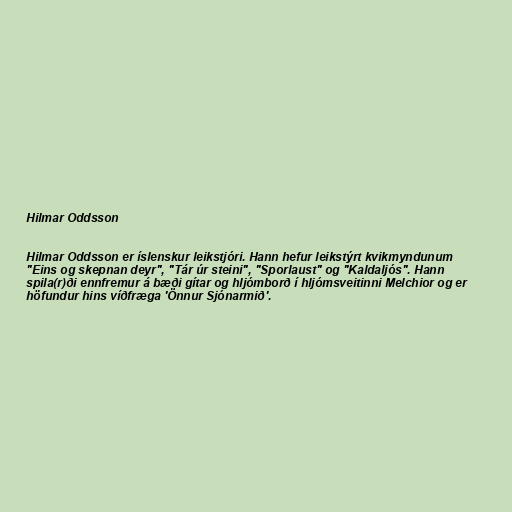
Hilmar Oddsson

Hilmar Oddsson er íslenskur leikstjóri. Hann hefur leikstýrt kvikmyndunum
"Eins og skepnan deyr", "Tár úr steini", "Sporlaust" og "Kaldaljós". Hann
spila(r)ði ennfremur á bæði gítar og hljómborð í hljómsveitinni Melchior og er
höfundur hins víðfræga 'Önnur Sjónarmið'.